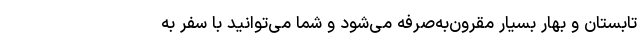
تابستان و بهار بسیار مقرون‌به‌صرفه می‌شود و شما می‌توانید با سفر به